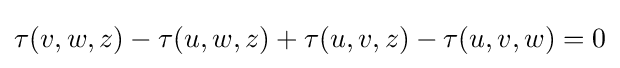
\displaystyle {\tau (v,w,z)-\tau (u,w,z)+\tau (u,v,z)-\tau (u,v,w)=0}